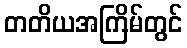
တတိယအကြိမ်တွင်